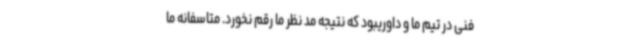
فنی در تیم ما و داوریبود که نتیجه مد نظر ما رقم نخورد. متاسفانه ما